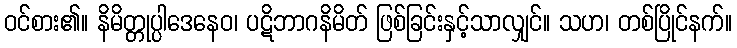
ဝင်စား၏။ နိမိတ္တုပ္ပါဒေနေဝ၊ ပဋိဘာဂနိမိတ် ဖြစ်ခြင်းနှင့်သာလျှင်။ သဟ၊ တစ်ပြိုင်နက်။